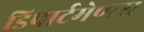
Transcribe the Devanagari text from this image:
डिपार्टमेण्त्स